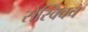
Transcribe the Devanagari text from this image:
सेस्क्विच